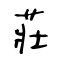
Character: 莊